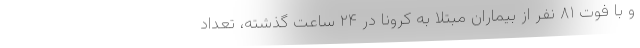
و با فوت ۸۱ نفر از بیماران مبتلا به کرونا در ۲۴ ساعت گذشته، تعداد